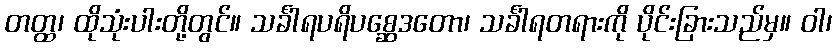
တတ္ထ၊ ထိုသုံးပါးတို့တွင်။ သင်္ခါရပရိပစ္ဆေဒတော၊ သင်္ခါရတရားကို ပိုင်းခြားသည်မှ။ ဝါ၊